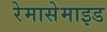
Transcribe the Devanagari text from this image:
रेमासेमाइड